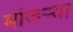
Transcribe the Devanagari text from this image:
मांजर्‍या